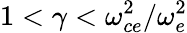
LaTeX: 1<\gamma<\omega_{ce}^{2}/\omega_{e}^{2}